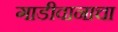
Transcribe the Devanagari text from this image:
गाडीवानाचा